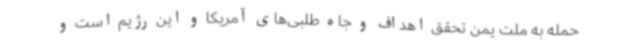
حمله به ملت یمن تحقق اهداف و جاه طلبی‌های آمریکا و این رژیم است و